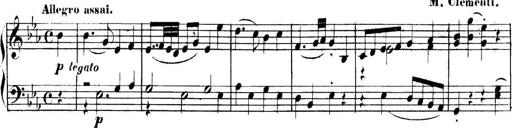
Title: Collected Piano Sonatas
Composer: Muzio Clementi